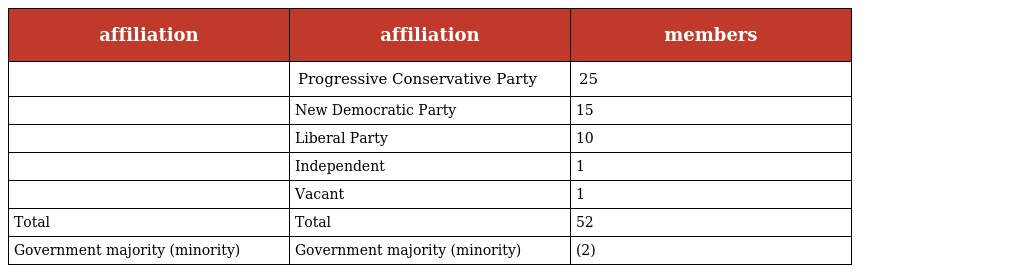
| affiliation | affiliation | members |
 | --- | --- | --- |
 |  | Progressive Conservative Party | 25 |
 |  | New Democratic Party | 15 |
 |  | Liberal Party | 10 |
 |  | Independent | 1 |
 |  | Vacant | 1 |
 | Total | Total | 52 |
 | Government majority (minority) | Government majority (minority) | (2) |